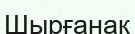
Шырғанақ